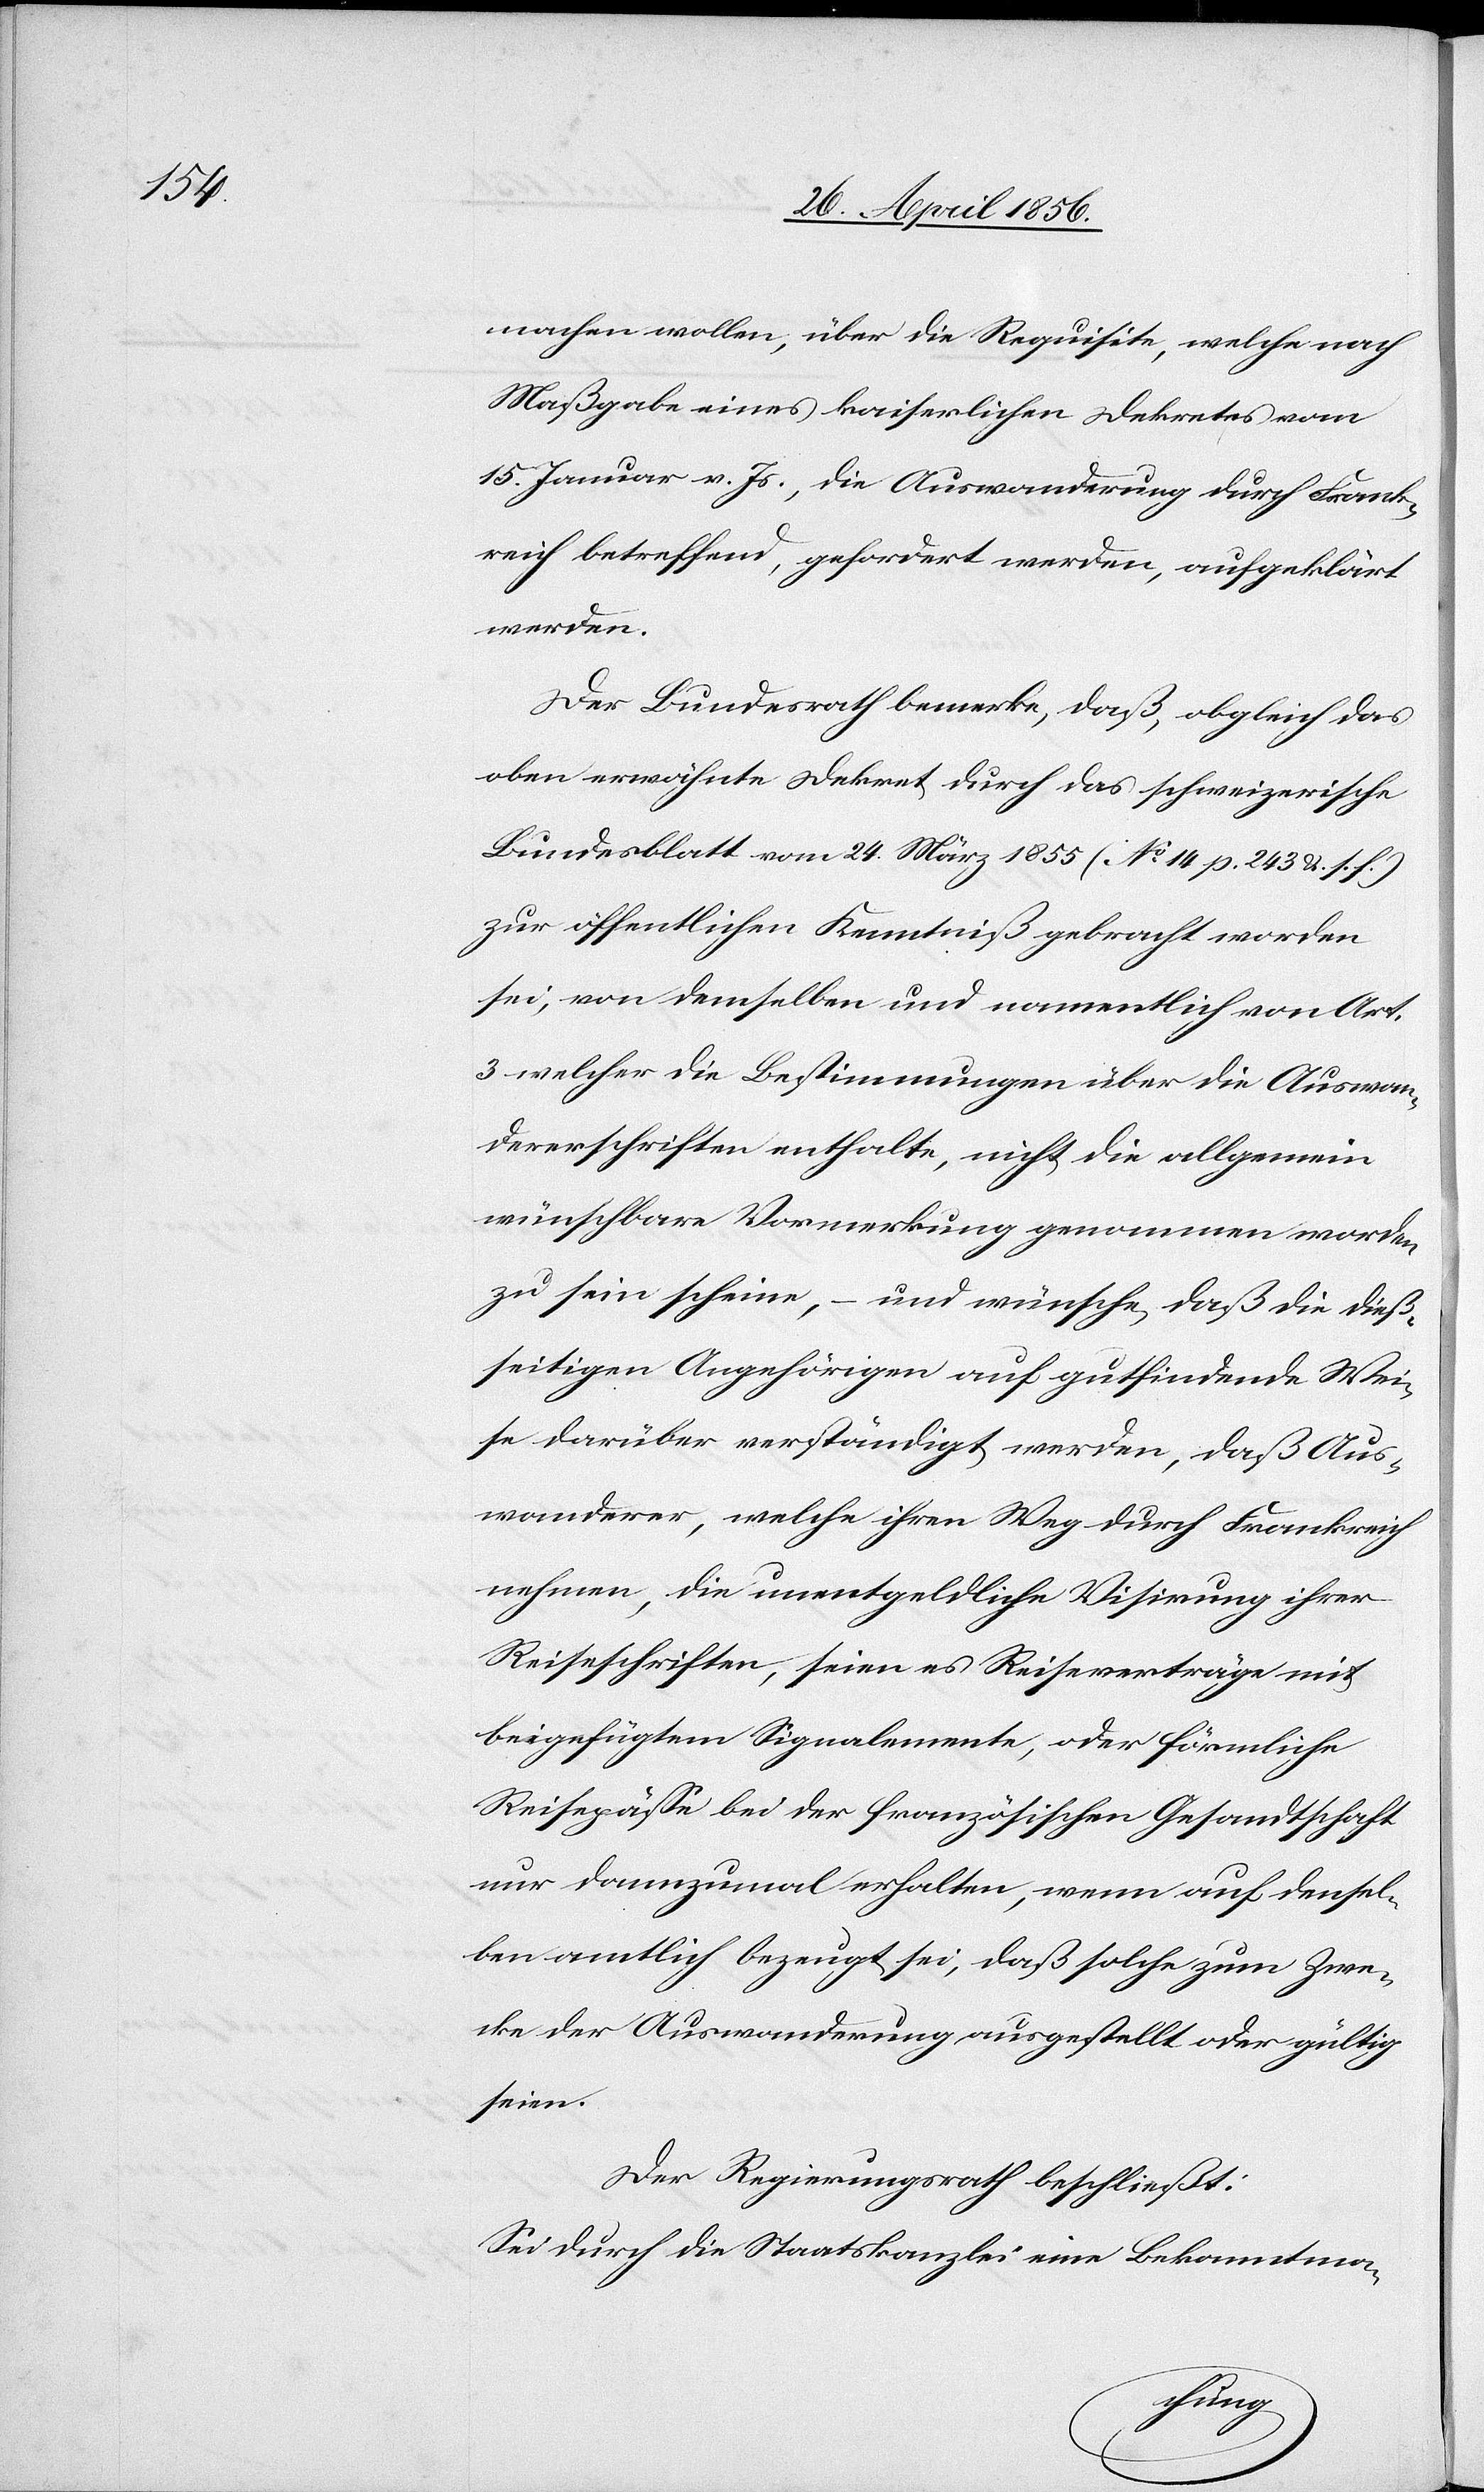
machen wollen, über die Requisite, welche nach
Maßgabe eines kaiserlichen Dekretes vom
15. Januar v. Js., die Auswanderung durch Frank¬
reich betreffend, gefordert werden, aufgeklärt
werden.
Der Bundesrath bemerke, daß, obgleich das
oben erwähnte Dekret durch das schweizerische
Bundesblatt vom 24. März 1855 (No 14 p. 243 & s. f.)
zur öffentlichen Kenntniß gebracht worden
sei, von demselben und namentlich von Art.
3 welcher die Bestimmungen über die Auswan¬
derschriften enthalte, nicht die allgemein
wünschbare Vormerkung genommen worden
zu sein scheine, – und wünsche, daß die dieß¬
seitigen Angehörigen auf gutfindende Wei¬
se darüber verständigt werden, daß Aus¬
wanderer, welche ihren Weg durch Frankreich
nehmen, die unentgeldliche Visirung ihrer
Reiseschriften, seien es Reiseverträge mit
beigefügtem Signalemente, oder förmliche
Reisepässe bei der französischen Gesandtschaft
nur dannzumal erhalten, wenn auf densel¬
ben amtlich bezeugt sei, daß solche zum Zwe¬
cke der Auswanderung ausgestellt oder gültig
seien.
Der Regierungsrath beschließt:
Sei durch die Staatskanzlei eine Bekanntma-